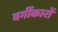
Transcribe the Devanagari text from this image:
वर्गीकारों